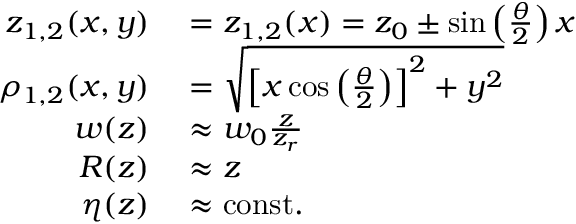
\begin{array} { r l } { z _ { 1 , 2 } ( x , y ) } & { { } = z _ { 1 , 2 } ( x ) = z _ { 0 } \pm \sin \left( \frac { \theta } { 2 } \right) x } \\ { \rho _ { 1 , 2 } ( x , y ) } & { { } = \sqrt { \left[ x \cos \left( \frac { \theta } { 2 } \right) \right] ^ { 2 } + y ^ { 2 } } } \\ { w ( z ) } & { { } \approx w _ { 0 } \frac { z } { z _ { r } } } \\ { R ( z ) } & { { } \approx z } \\ { \eta ( z ) } & { { } \approx \mathrm { c o n s t . } } \end{array}